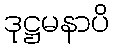
ဒုဋ္ဌမနာပိ